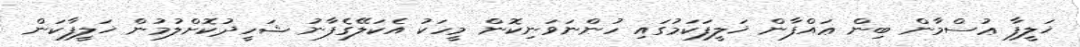
ޚަލީފާ ޢުސްމާން ބިން ޢައްފާން ޚަލީފަކަމުގައި ހުންނަވަނިކޮން މީހަކު އެކަލޭގެފާނު ޝަހީދުކޮށްލުމުން ޚަލީފާކަން